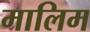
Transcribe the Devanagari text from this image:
मालिम